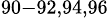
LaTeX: ^{90-92,94,96}